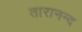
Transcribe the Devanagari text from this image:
तारानन्द